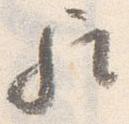
歟